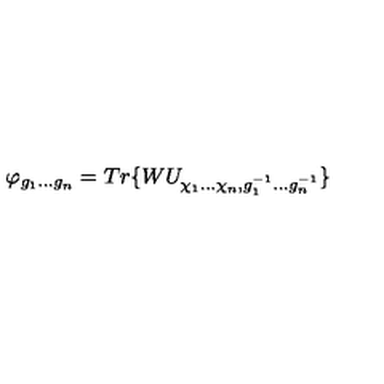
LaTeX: \varphi _ { g _ { 1 } . . . g _ { n } } = T r \{ W U _ { \chi _ { 1 } . . . \chi _ { n } , g _ { 1 } ^ { - 1 } . . . g _ { n } ^ { - 1 } } \}